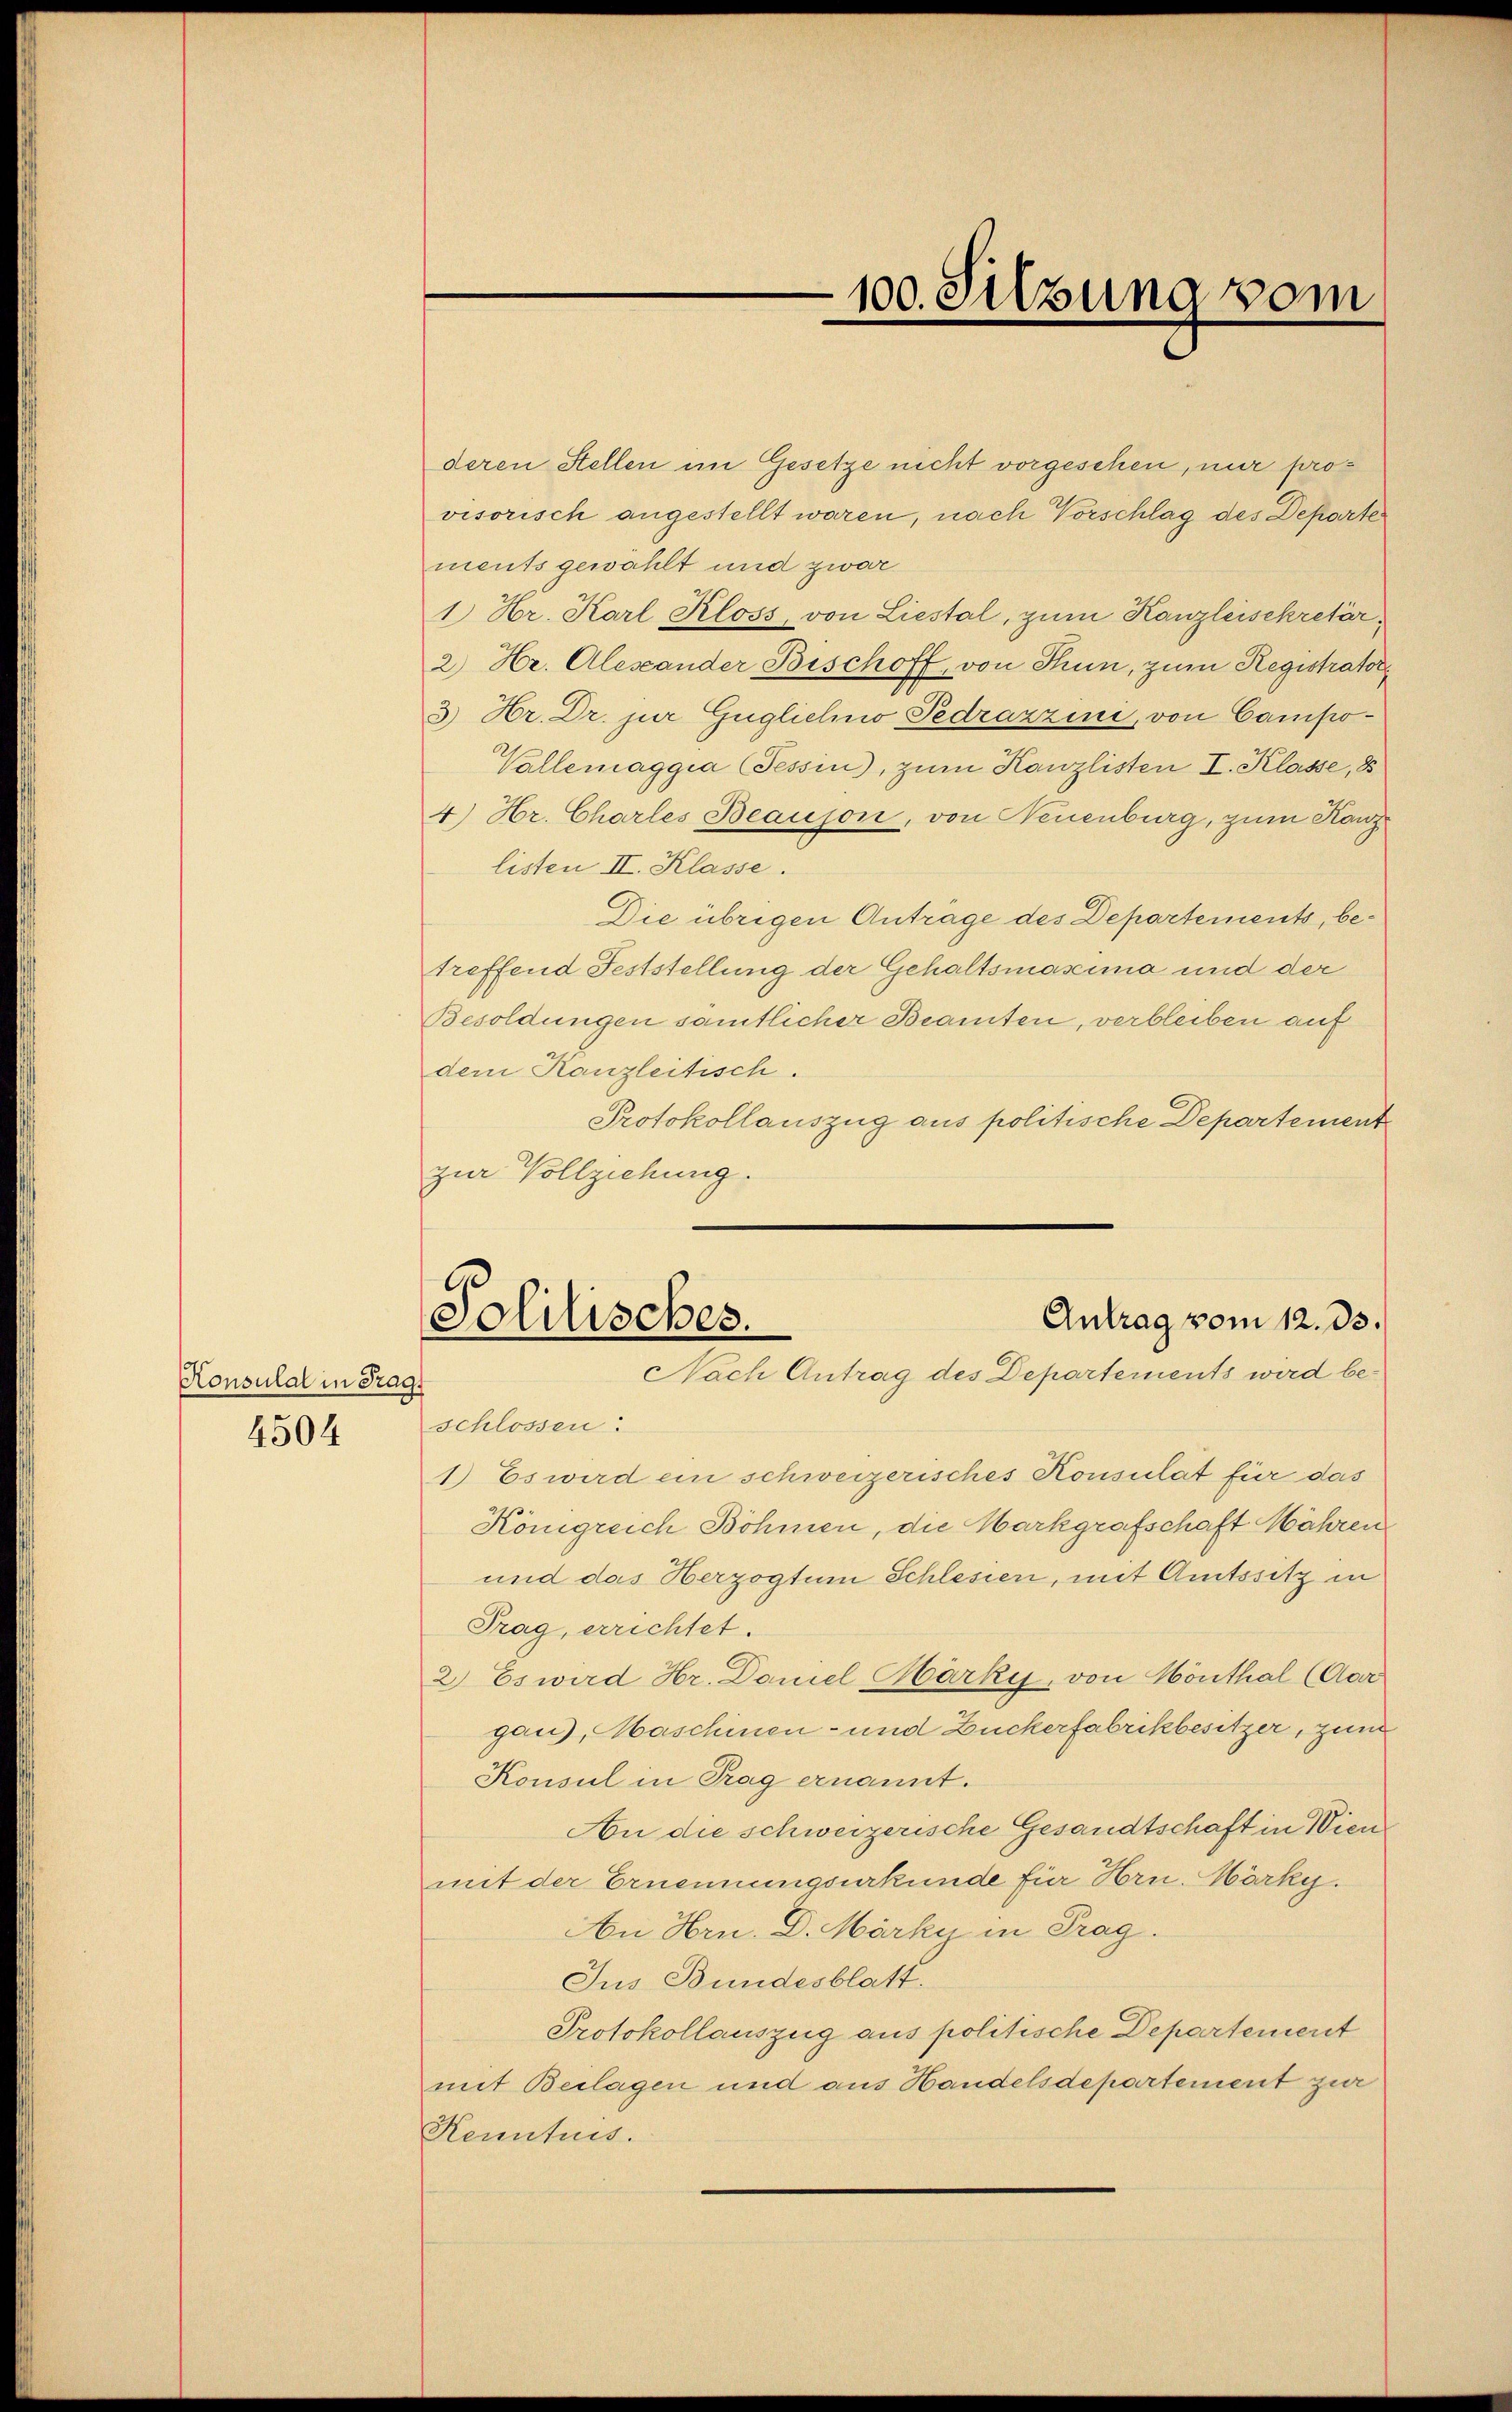
Konsulat in Fragt
4504

deren Stellen im Gesetze nicht vorgesehen, nur provisorisch angestellt waren, nach Vorschlag des Departe
ments gewählt und zwar
1 Hr. Karl Kloss, von Liestal, zum Kanzleisekretär,
2) Hr. Alexander Bischoff, von Thun, zum Registrator
7.
3) Hr. Dr. jur Güglichno-Pedrazzini, von Campo¬
Vallemaggia (Tessin), zum Kanzlisten I. Klasse, 8
4.) Hr. Charles Beauson, von Neuenburg, zum Kanzlisten II. Klasse.
Die übrigen Anträge des Departements, betreffend Feststellung der Gehaltsmassima und der
Besoldungen sämtlicher Beamten, verbleiben auf
dem Kanzleitisch.
Protokollauszug aus politische Departement
zur Vollziehung.

100. Silzung vom

Antrag vom 12. ds.
Solitisches.
Nach Antrag des Departements wird be¬

schlossen.
1) Es wird ein schweizerisches Konsulat für das
Königreich Böhmen, die Markgrafschaft Mähren
und das Herzogtum Schlesien, mit Amtssitz in
Trag, errichtet.
2) Es wird Hr. Daniel Härky, von Hönthal (Aar
gau), Maschinen- und Zuckerfabrikbesitzer, zum
Konsul in Trag ernannt.
An die schweizerische Gesandtschaft in Wien
mit der Ernennungsurkunde für Hrn. Märky.
An Hrn. D. Märky in Trag.
Jus Bundesblatt.
Protokollauszug aus politische Departement
mit Beilagen und aus Handelsdepartement zur
Kenntnis.